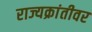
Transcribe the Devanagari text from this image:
राज्यक्रांतीवर